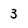
Character: 3